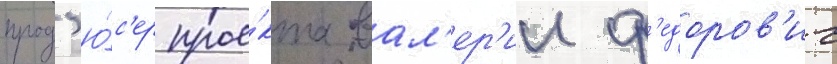
прод'ю́с'ер прое́кта вал'ер'ии ф'едоров'ич